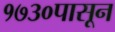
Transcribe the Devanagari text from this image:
१७३०पासून